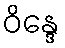
ဝိန္ဒေ